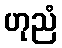
ဟုညံ